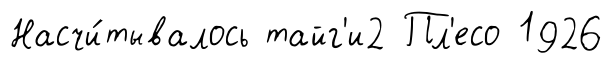
Насчи́тывалось тайг'и2 Пл'есо 1926